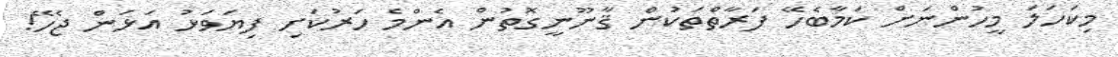
މިކަހަލަ މީހުންނަށް ކަމާބެހޭ ފަރާތްތަކުން ޤާނޫނީގޮތުން އެންމެ ހަރުކަށި ފިޔަވަޅު އަޅަން ޖެހޭ!